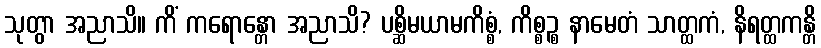
သုတွာ အညာသိ။ ကိံ ကရောန္တော အညာသိ? ပစ္ဆိမယာမကိစ္စံ, ကိစ္စဉ္စ နာမေတံ သာတ္ထကံ, နိရတ္ထကန္တိ